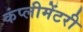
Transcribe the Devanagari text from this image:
कंप्लीमेंटरी